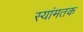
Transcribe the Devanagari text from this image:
स्यांमतक